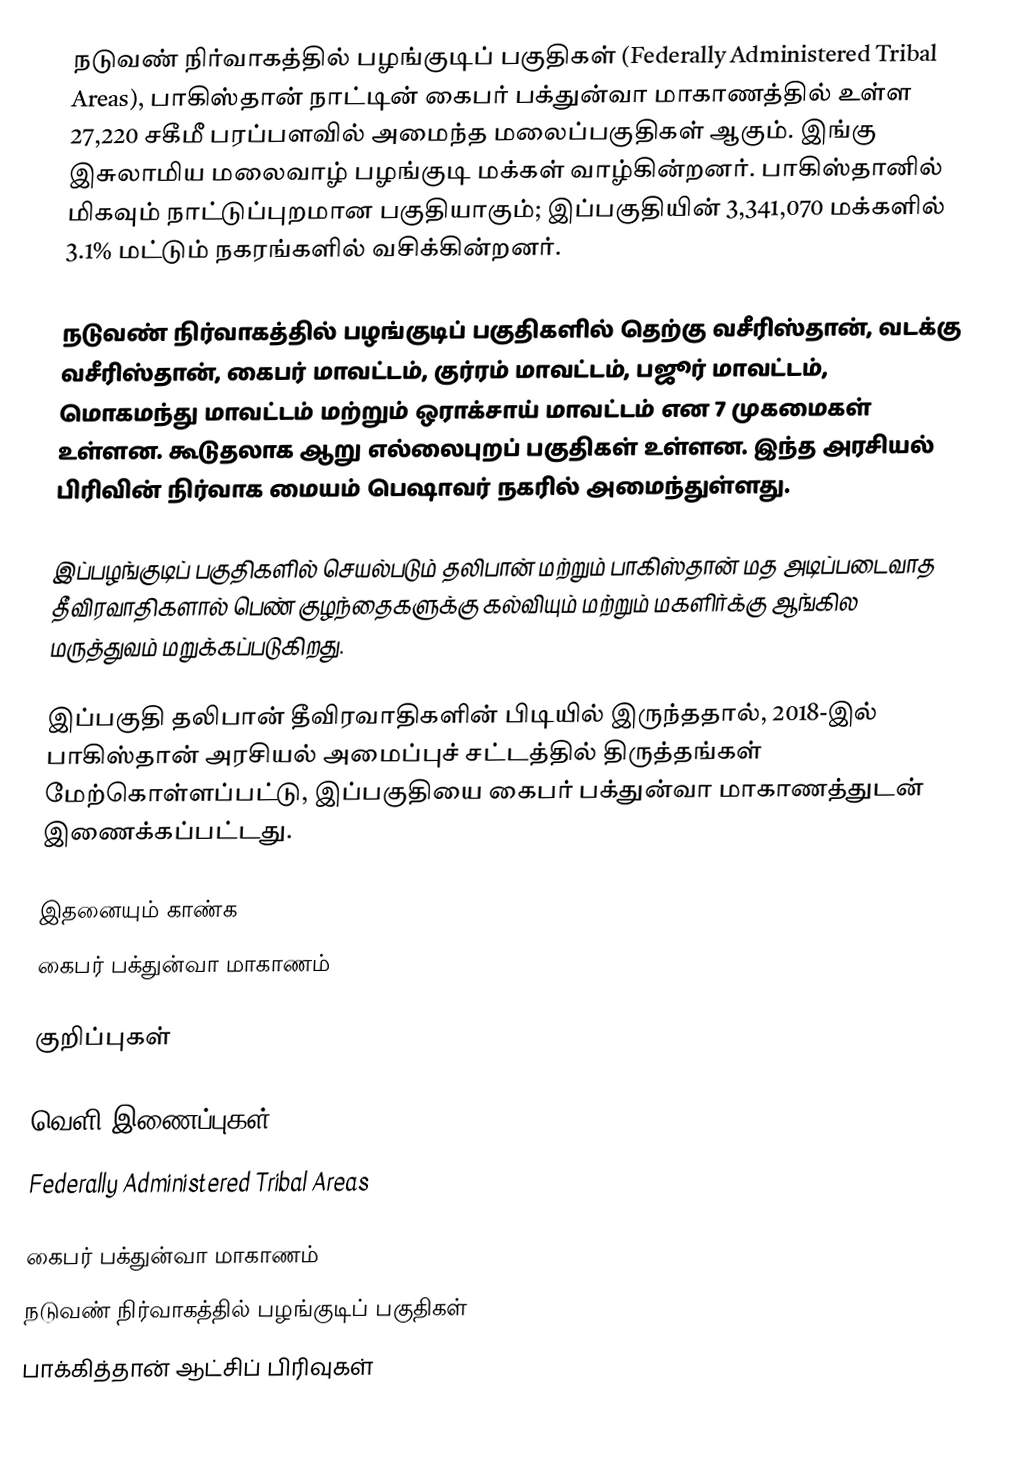
நடுவண் நிர்வாகத்தில் பழங்குடிப் பகுதிகள் (Federally Administered Tribal Areas), பாகிஸ்தான் நாட்டின் கைபர் பக்துன்வா மாகாணத்தில் உள்ள   27,220 சகீமீ பரப்பளவில் அமைந்த மலைப்பகுதிகள் ஆகும். இங்கு இசுலாமிய மலைவாழ் பழங்குடி மக்கள் வாழ்கின்றனர். பாகிஸ்தானில் மிகவும் நாட்டுப்புறமான பகுதியாகும்; இப்பகுதியின் 3,341,070 மக்களில் 3.1% மட்டும் நகரங்களில் வசிக்கின்றனர்.

நடுவண் நிர்வாகத்தில் பழங்குடிப் பகுதிகளில் தெற்கு வசீரிஸ்தான், வடக்கு வசீரிஸ்தான், கைபர் மாவட்டம், குர்ரம் மாவட்டம், பஜூர் மாவட்டம், மொகமந்து மாவட்டம் மற்றும் ஒராக்சாய் மாவட்டம் என 7 முகமைகள் உள்ளன. கூடுதலாக ஆறு எல்லைபுறப் பகுதிகள் உள்ளன. இந்த அரசியல் பிரிவின் நிர்வாக மையம் பெஷாவர் நகரில் அமைந்துள்ளது.

இப்பழங்குடிப் பகுதிகளில் செயல்படும் தலிபான் மற்றும் பாகிஸ்தான் மத அடிப்படைவாத  தீவிரவாதிகளால் பெண் குழந்தைகளுக்கு கல்வியும் மற்றும் மகளிர்க்கு ஆங்கில மருத்துவம் மறுக்கப்படுகிறது.

இப்பகுதி தலிபான் தீவிரவாதிகளின் பிடியில் இருந்ததால், 2018-இல் பாகிஸ்தான் அரசியல் அமைப்புச் சட்டத்தில் திருத்தங்கள் மேற்கொள்ளப்பட்டு, இப்பகுதியை கைபர் பக்துன்வா மாகாணத்துடன்  இணைக்கப்பட்டது.

இதனையும் காண்க
 கைபர் பக்துன்வா மாகாணம்

குறிப்புகள்

வெளி இணைப்புகள்
Federally Administered Tribal Areas

கைபர் பக்துன்வா மாகாணம்
நடுவண் நிர்வாகத்தில் பழங்குடிப் பகுதிகள்
பாக்கித்தான் ஆட்சிப் பிரிவுகள்